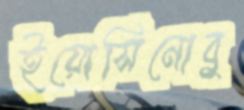
ইয়োসিনোবু